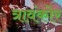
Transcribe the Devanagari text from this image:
त्रावंकोर